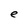
Character: e